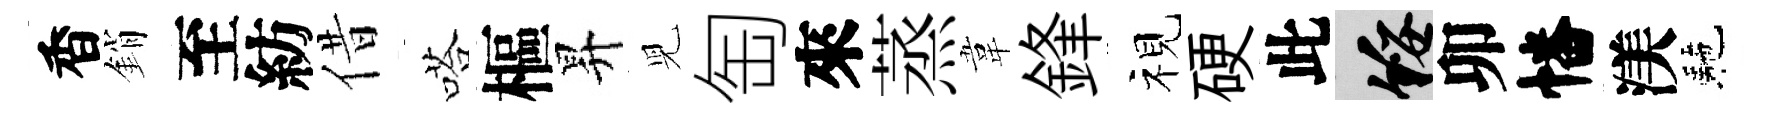
香銷至紡借嗒樞昇児匋來蒸韋鋒视硬此綏卯幡渼駰